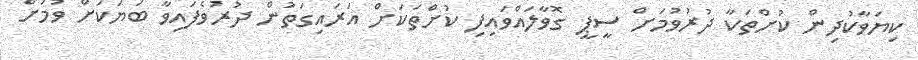
ކިޔަވާކުދިން ކުށްތަކާ ދުރުވުމަށް ސީޕީ ގޮވާލައްވައިފި ކުށްތަކަށް އަރައިގަތުން ދުރުވެފައިވާ ބަޔަކަށް ވުމަށް